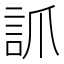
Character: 𧦐